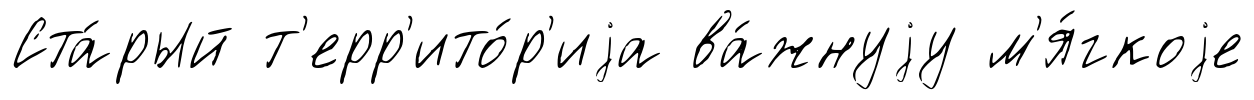
Ста́рый т'ерр'ито́р'иjа ва́жнуjу м'я́гкоjе